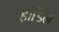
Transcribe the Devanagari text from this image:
हांडिल